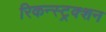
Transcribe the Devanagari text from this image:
रिकन्स्ट्रक्शन